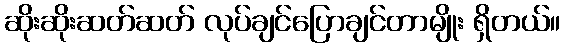
ဆိုးဆိုးဆတ်ဆတ် လုပ်ချင်ပြောချင်တာမျိုး ရှိတယ်။